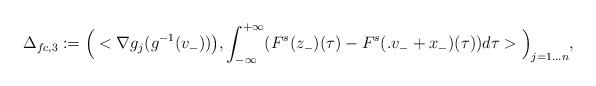
LaTeX: \begin{align*}\Delta_{fc,3}:=\Big(<\nabla g_j(g^{-1}(v_-))\big),\int_{-\infty}^{+\infty}(F^s(z_-)(\tau)-F^s(. v_-+x_-)(\tau))d\tau >\Big)_{j=1\ldots n},\end{align*}